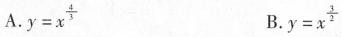
A. $$y=x^{\frac{4}{3}}$$ B. $$y=x^{\frac{3}{2}}$$